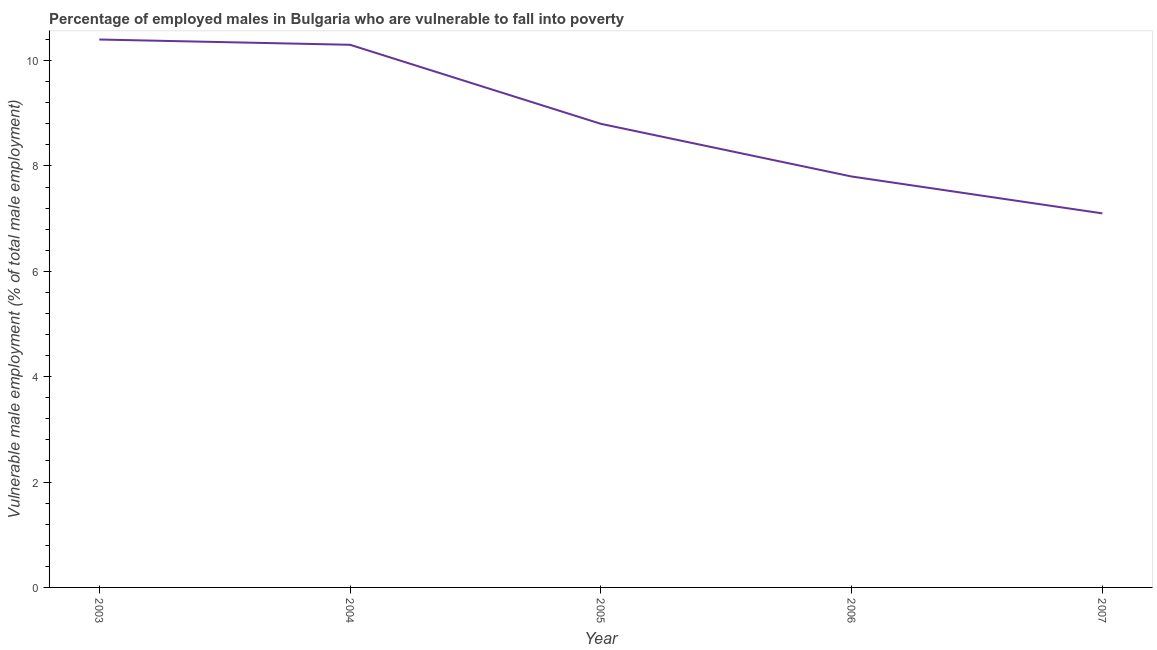
| Year | Percentage of employed males who are vulnerable to fall into poverty |
 | --- | --- |
 | 2003 | 10.4 |
 | 2004 | 10.3 |
 | 2005 | 8.8 |
 | 2006 | 7.8 |
 | 2007 | 7.1 |